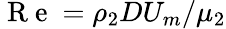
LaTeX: \displaystyle\mathrm{~R~e~}=\rho_{2}DU_{m}/\mu_{2}